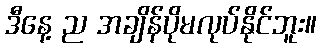
ဒီနေ့ ည အချိန်ပိုမလုပ်နိုင်ဘူး။